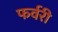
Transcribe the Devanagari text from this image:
फर्वरी